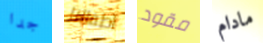
جدا اطفالنا مقود مادام